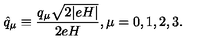
\hat { q } _ { \mu } \equiv \frac { q _ { \mu } \sqrt { 2 | e H | } } { 2 e H } , \mu = 0 , 1 , 2 , 3 .